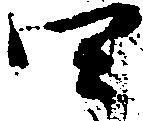
四